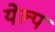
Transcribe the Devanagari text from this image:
येल्प